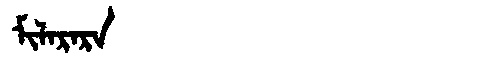
Manchu: ᠮᡳᠯᠠᡵᠠᡵᠠ
Romanization: MILARARA